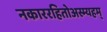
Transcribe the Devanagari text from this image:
नकाररहितोअस्म्यहम्